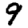
Digit: 9